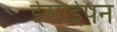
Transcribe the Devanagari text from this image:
ईसाईपन